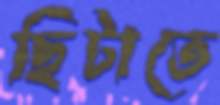
ছিটাতে